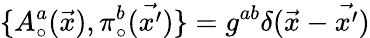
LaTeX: \{ A_{\circ}^{a}(\vec{x}),\pi_{\circ}^{b}(\vec{x^{\prime}})\} =g^{ab}\delta(\vec{x}-\vec{x^{\prime}})